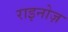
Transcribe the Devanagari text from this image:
राइनोज़